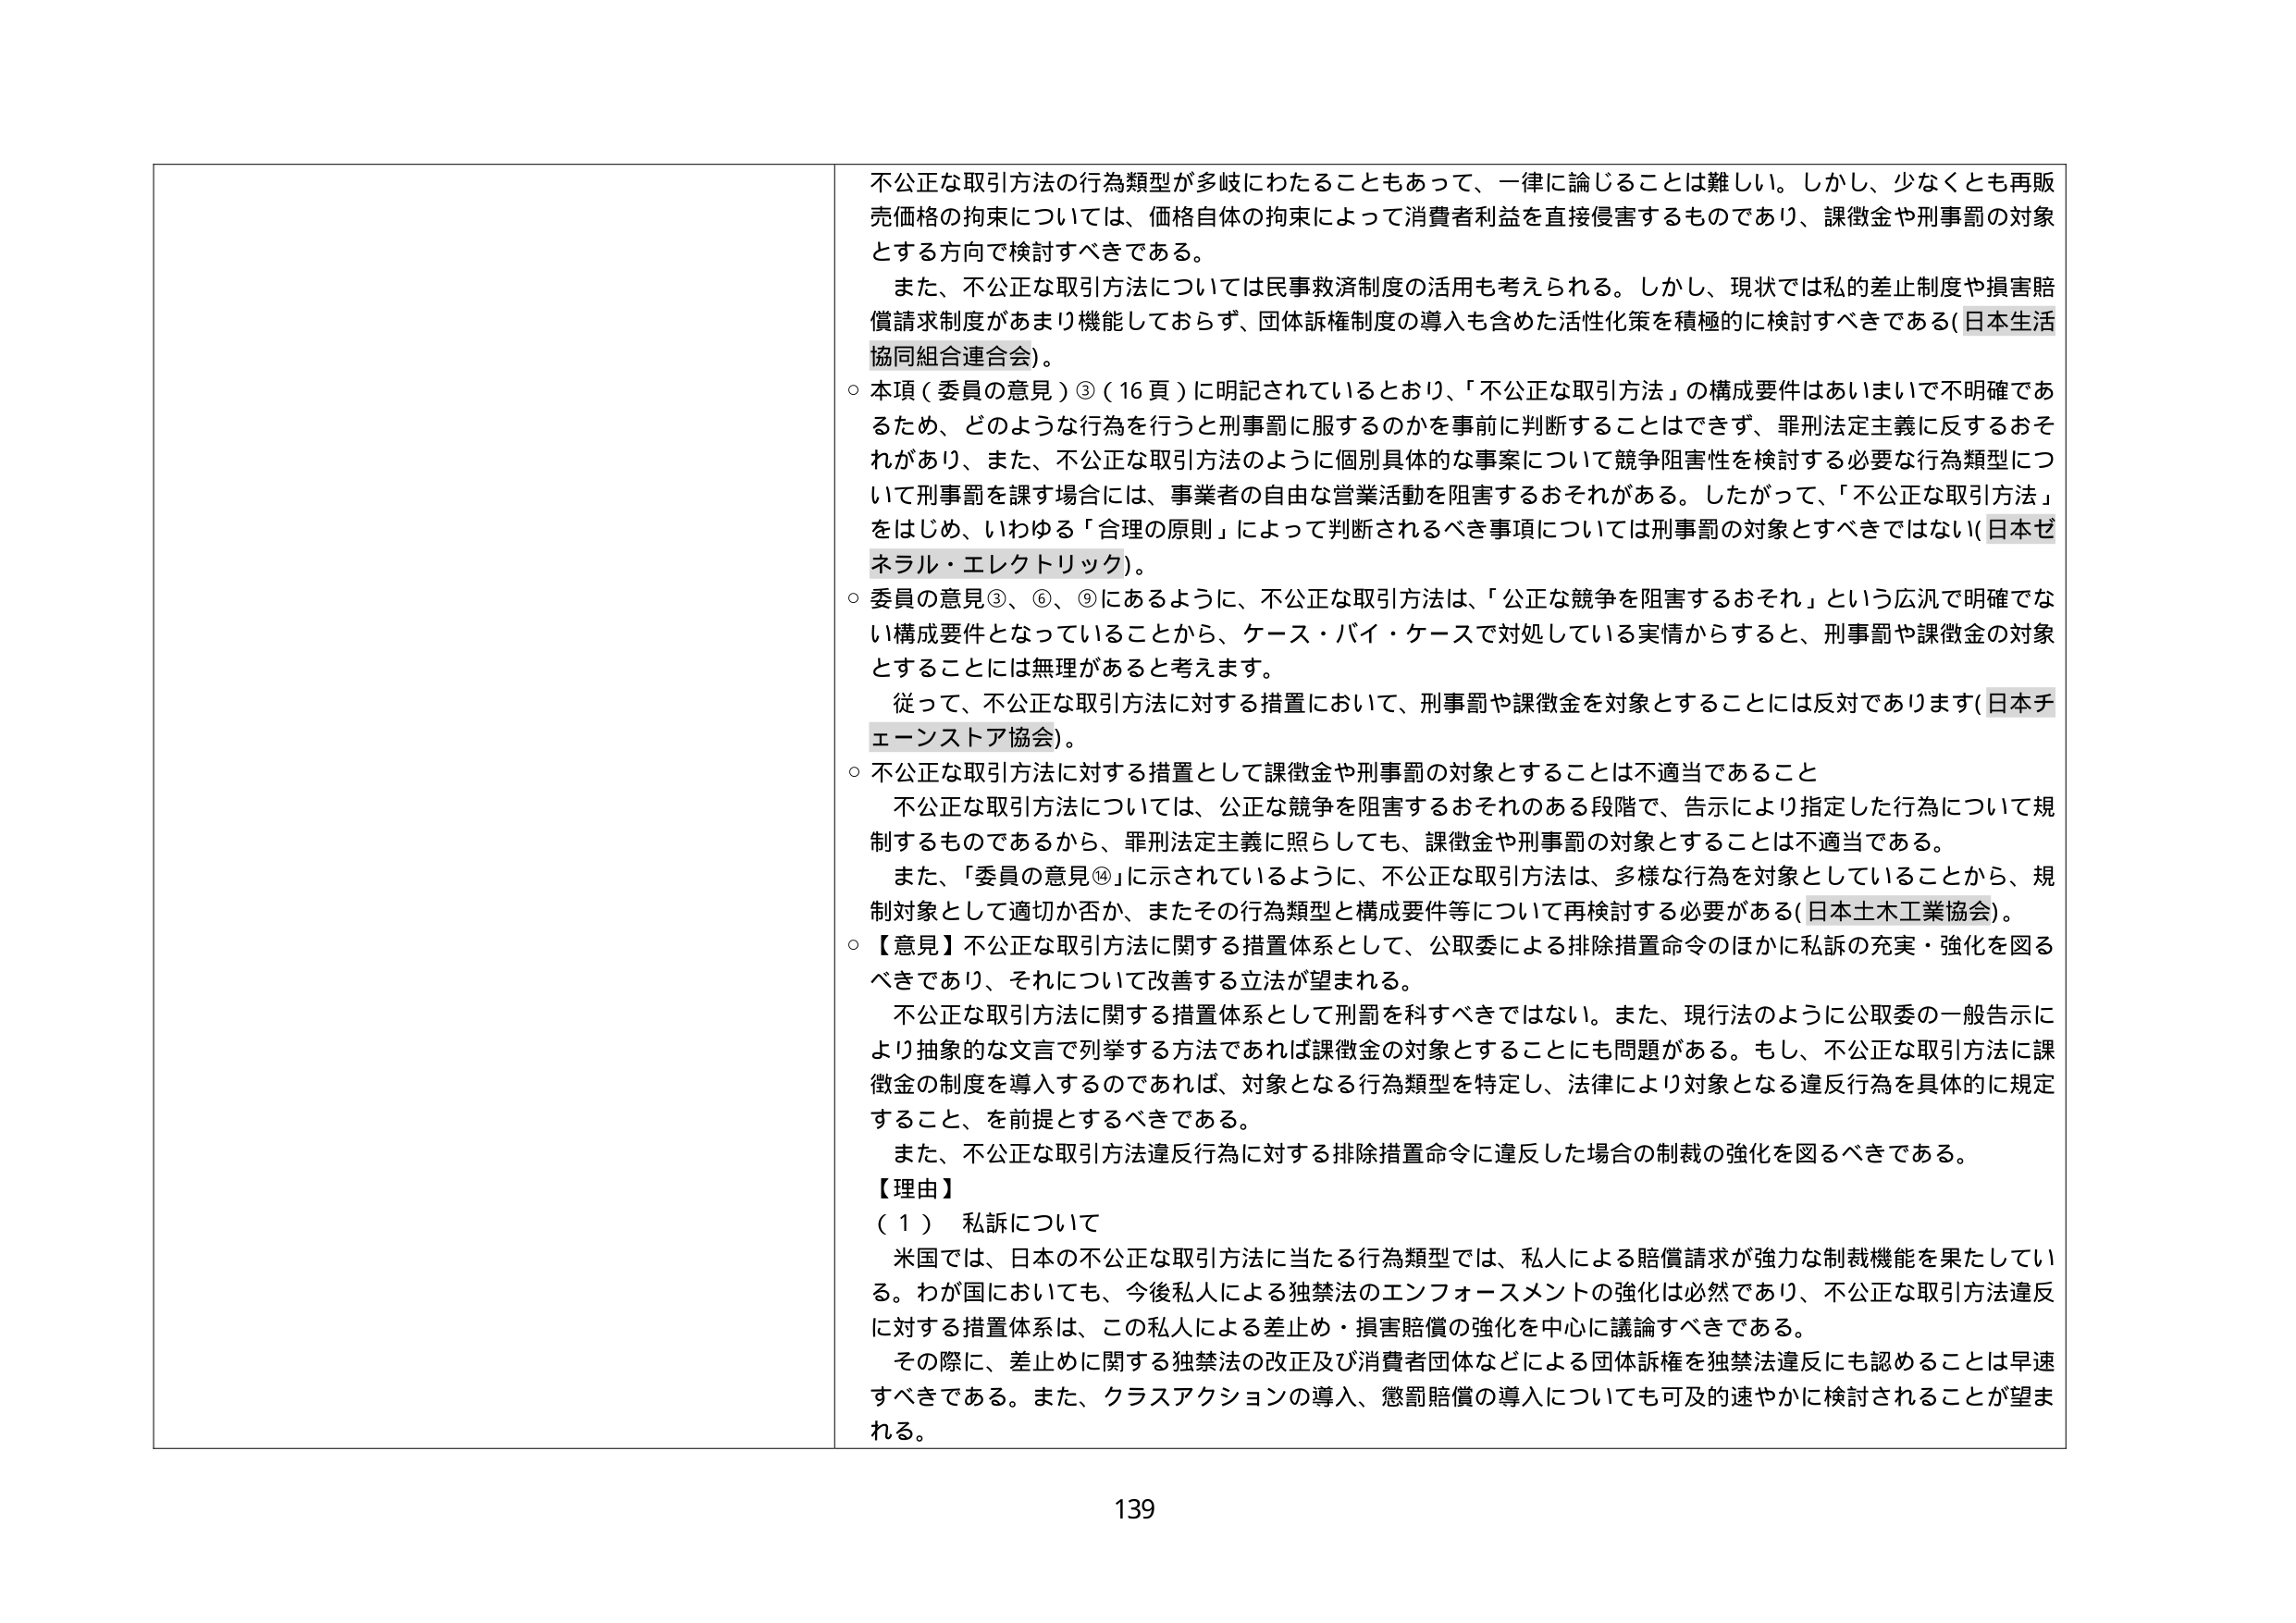
不公正な取引方法の行為類型が多岐にわたることもあって、一律に論じることは難しい。しかし、少なくとも再販売価格の拘束については、価格自体の拘束によって消費者利益を直接侵害するものであり、課徴金や刑事罰の対象とする方向で検討すべきである。

また、不公正な取引方法については民事救済制度の活用も考えられる。しかし、現状では私的差止制度や損害賠償請求制度があまり機能しておらず、団体訴権制度の導入も含めた活性化策を積極的に検討すべきである（日本生活協同組合連合会）。

○ 本項（委員の意見）③（16頁）に明記されているとおり、「不公正な取引方法」の構成要件はあいまいで不明確であるため、どのような行為を行うと刑事罰に服するのかを事前に判断することはできず、罪刑法定主義に反するおそれがあり、また、不公正な取引方法のように個別具体的な事案について競争阻害性を検討する必要な行為類型について刑事罰を課す場合には、事業者の自由な営業活動を阻害するおそれがある。したがって、「不公正な取引方法」をはじめ、いわゆる「合理的原則」によって判断されるべき事項については刑事罰の対象とすべきではない（日本ゼネラル・エレクトリック）。

○ 委員の意見③、⑥、⑨にあるように、不公正な取引方法は、「公正な競争を阻害するおそれ」という広汎で明確でない構成要件となっていることから、ケース・バイ・ケースで対処している実情からすると、刑事罰や課徴金の対象とすることには無理があると考えます。

　従って、不公正な取引方法に対する措置において、刑事罰や課徴金を対象とすることには反対であります（日本チェーンストア協会）。

○ 不公正な取引方法に対する措置として課徴金や刑事罰の対象とすることは不適当であること

　不公正な取引方法については、公正な競争を阻害するおそれのある段階で、告示により指定した行為について規制するものであるから、罪刑法定主義に照らしても、課徴金や刑事罰の対象とすることは不適当である。

　また、「委員の意見⑭」に示されているように、不公正な取引方法は、多様な行為を対象としていることから、規制対象として適切か否か、またその行為類型と構成要件等について再検討する必要がある（日本土木工業協会）。

○ 【意見】不公正な取引方法に関する措置体系として、公取委による排除措置命令のほかに私訴の充実・強化を図るべきであり、それについて改善する立法が望まれる。

　不公正な取引方法に関する措置体系として刑罰を科すべきではない。また、現行法のように公取委の一般告示により抽象的な文言で列挙する方法であれば課徴金の対象とすることにも問題がある。もし、不公正な取引方法に課徴金の制度を導入するのであれば、対象となる行為類型を特定し、法律により対象となる違反行為を具体的に規定すること、を前提とするべきである。

　また、不公正な取引方法違反行為に対する排除措置命令に違反した場合の制裁の強化を図るべきである。

【理由】

（１） 私訴について

　米国では、日本の不公正な取引方法に当たる行為類型では、私人による賠償請求が強力な制裁機能を果たしている。わが国においても、今後私人による独禁法のエンフォースメントの強化は必然であり、不公正な取引方法違反に対する措置体系は、この私人による差止め・損害賠償の強化を中心に議論すべきである。

　その際に、差止めに関する独禁法の改正及び消費者団体などによる団体訴権を独禁法違反にも認めることは早速すべきである。また、クラスアクションの導入、懲罰賠償の導入についても可及的速やかに検討されることが望まれる。

139